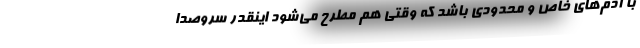
با آدم‌های خاص و محدودی باشد که وقتی هم مطرح می‌شود اینقدر سروصدا